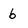
Character: b